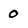
Character: 0